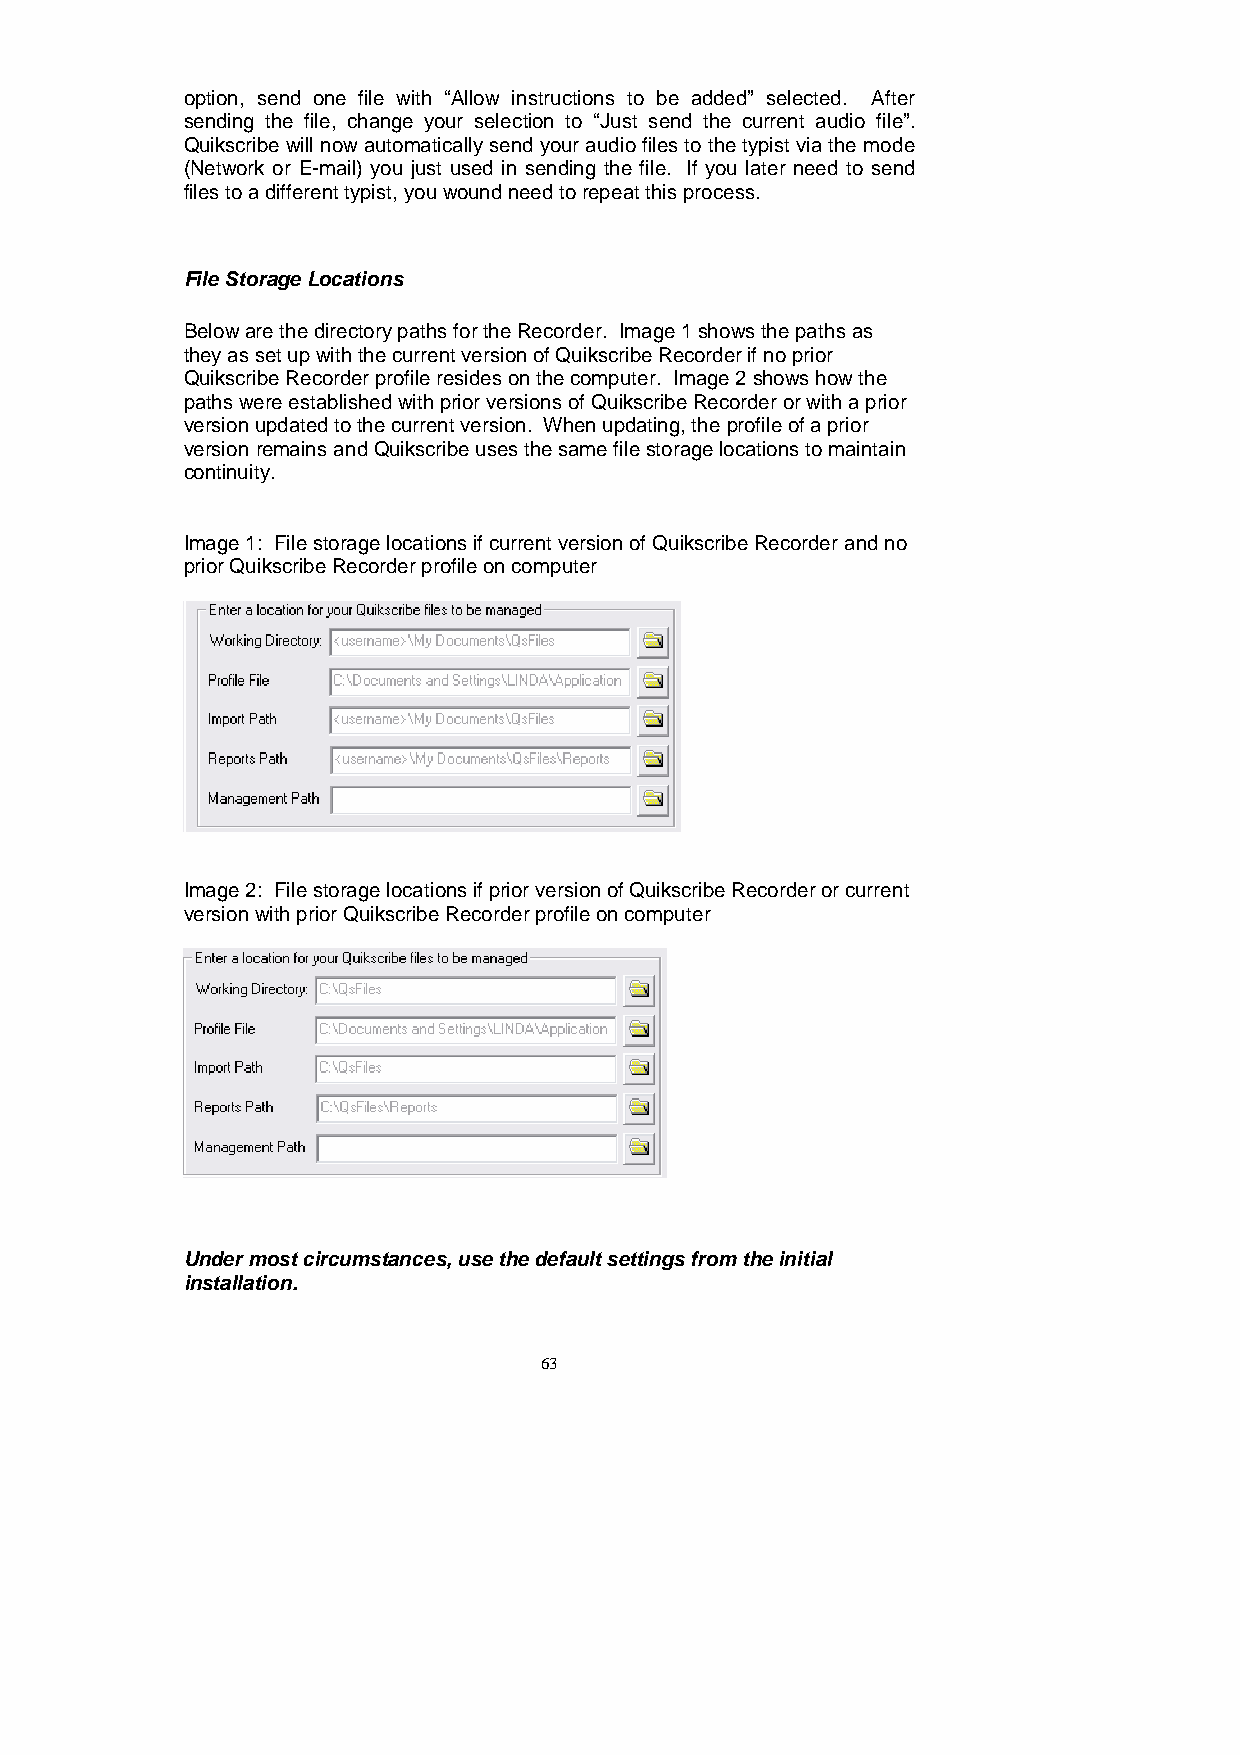
option, send one file with “Allow instructions to be added” selected. After
 sending the file, change your selection to “Just send the current audio file”.
 Quikscribe willnowautomaticallysend youraudiofiles tothe typist via themode
 (Network or E-mail) you just used in sending the file. If you later need to send
 filestoadifferenttypist,youwoundneedtorepeatthisprocess.
 FileStorageLocations
 BelowarethedirectorypathsfortheRecorder. Image1showsthepathsas
 theyassetupwiththecurrentversionofQuikscribeRecorderifnoprior
 QuikscribeRecorderprofileresidesonthecomputer. Image2showshowthe
 pathswereestablishedwithpriorversionsofQuikscribeRecorderorwithaprior
 versionupdatedtothecurrentversion. Whenupdating,theprofileofaprior
 versionremainsandQuikscribeusesthesamefilestoragelocationstomaintain
 continuity.
 Image1: FilestoragelocationsifcurrentversionofQuikscribeRecorderandno
 priorQuikscribeRecorderprofileoncomputer
 Image2: FilestoragelocationsifpriorversionofQuikscribeRecorderorcurrent
 versionwithpriorQuikscribeRecorderprofileoncomputer
 Undermostcircumstances,usethedefaultsettingsfromtheinitial
 installation.
 63